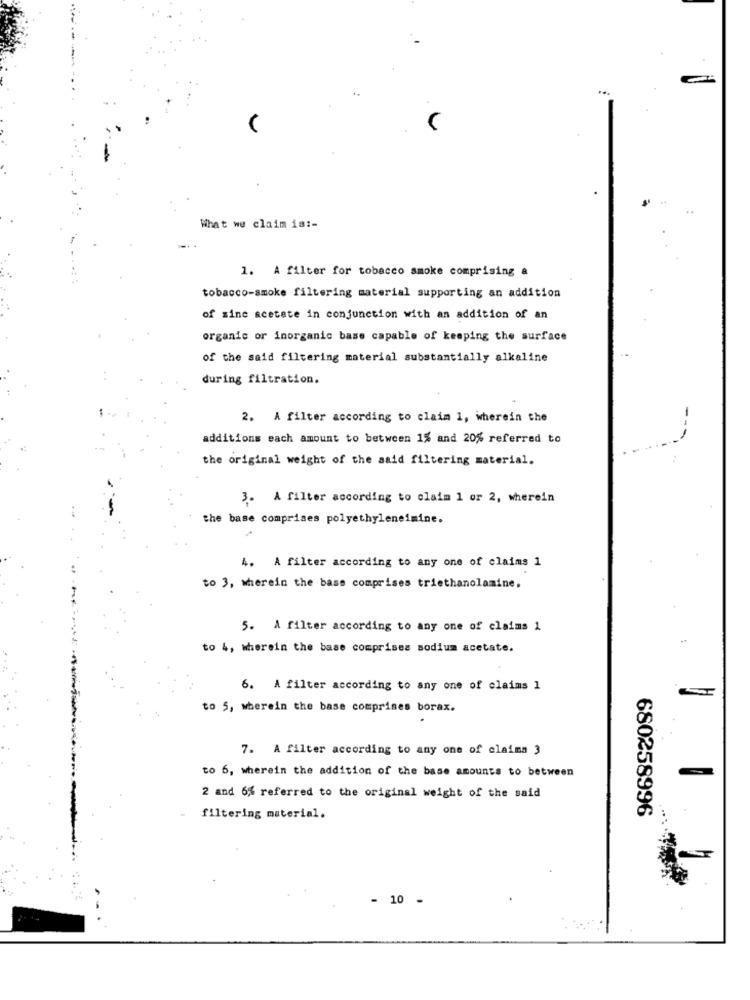
What we claim is :-
1. A filter for tobacco smoke comprising a
tobacco-smoke filtering material supporting an addition
of mine acetate in conjunction with an addition of an
organic or inorganic base capable of keeping the surface
of the said filtering material substantially alkaline
during filtration.
2. A filter according to claim 1, wherein the
-
additions each amount to between 1% and 20% referred to
the original weight of the said filtering material.
3. A filter according to claim 1 or 2, wherein
the base comprises polyethyleneimine.
4. A filter according to any one of claims 1
to 3, wherein the base comprises triethanolamine,
5. A filter according to any one of claims 1
to 4, wherein the base comprises sodium acetate.
6. A filter according to any one of claims 1
to 5, wherein the base comprises borax.
7. A filter according to any one of claima 3
to 6, wherein the addition of the base amounts to between
2 and 6% referred to the original weight of the said
680258996
filtering material.
- 10 -